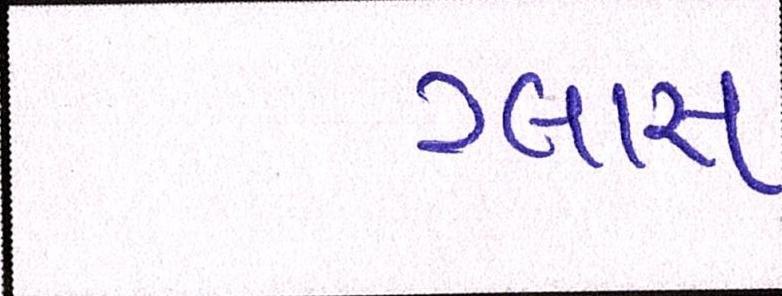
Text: ગ્લાસ